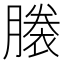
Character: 𧜜